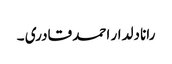
رانا دلدار احمد قادری ۔